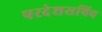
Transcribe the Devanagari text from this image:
परदेशसचिव